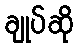
ချုပ်ဆို